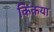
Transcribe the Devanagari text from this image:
किकया